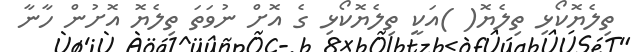
ތިލެޔޮކޯޅި ތިލެޔޮ( )އަކީ ތިލެޔޮކޯޅި ގެ އޮށް ނުވަތަ ތިލެޔޮ އޮށުން ހާނާ